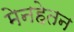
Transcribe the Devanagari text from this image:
मेनहेतन